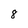
Character: 8